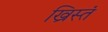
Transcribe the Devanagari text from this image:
ख्रिस्तं